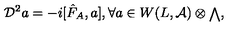
{ \cal D } ^ { 2 } a = - i [ { \hat { F } } _ { A } , a ] , \forall a \in W ( L , { \cal A } ) \otimes { \scriptstyle \bigwedge } ,